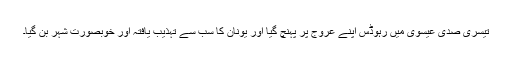
تیسری صدی عیسوی میں رہوڈس اپنے عروج پر پہنچ گیا اور یونان کا سب سے تہذیب یافتہ اور خوبصورت شہر بن گیا۔